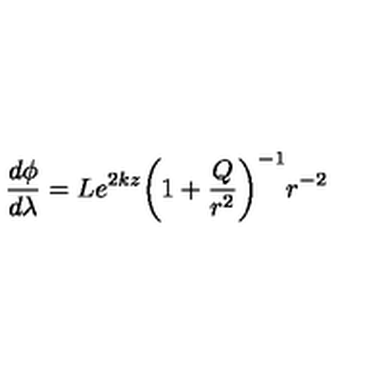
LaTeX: \frac { d \phi } { d \lambda } = L e ^ { 2 k z } { \left( 1 + \frac { Q } { r ^ { 2 } } \right) } ^ { - 1 } r ^ { - 2 }